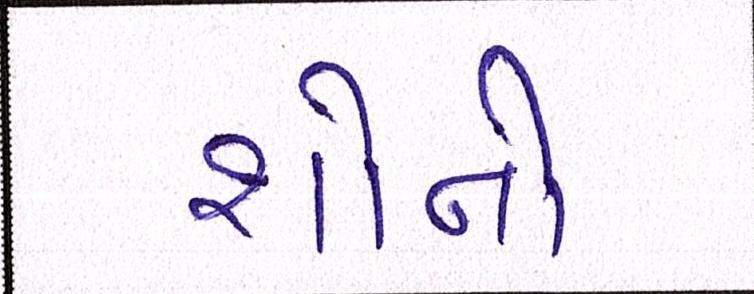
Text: શૉનો